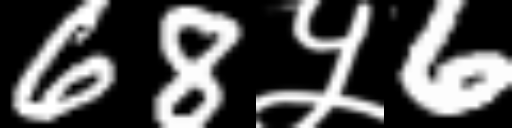
Text: 68५6